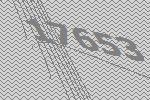
17653